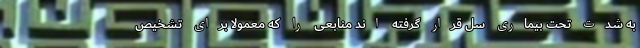
به شدت تحت بیماری سل قرار گرفته اند منابعی را که معمولاً برای تشخیص